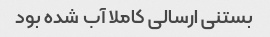
بستنی ارسالی کاملا آب شده بود